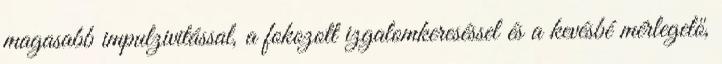
magasabb impulzivitással, a fokozott izgalomkereséssel és a kevésbé mérlegelő,